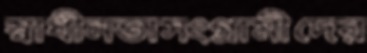
স্বাধীনতাসংগ্রামীদের